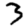
Digit: 3